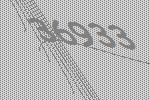
36933